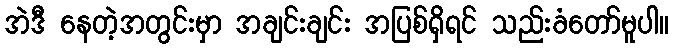
အဲဒီ နေတဲ့အတွင်းမှာ အချင်းချင်း အပြစ်ရှိရင် သည်းခံတော်မူပါ။